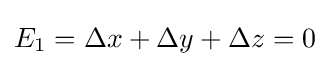
E_{1}=\Delta x+\Delta y+\Delta z=0